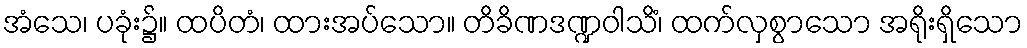
အံသေ၊ ပခုံး၌။ ထပိတံ၊ ထားအပ်သော။ တိခိဏဒဏ္ဍဝါသိံ၊ ထက်လှစွာသော အရိုးရှိသော